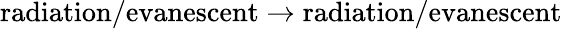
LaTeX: \textrm{radiation/evanescent}\rightarrow\textrm{radiation/evanescent}